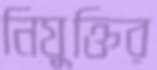
নিযুক্তির